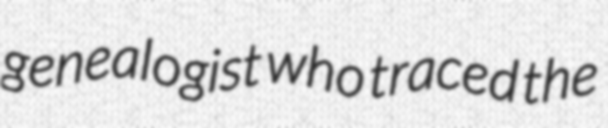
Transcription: genealogist who traced the